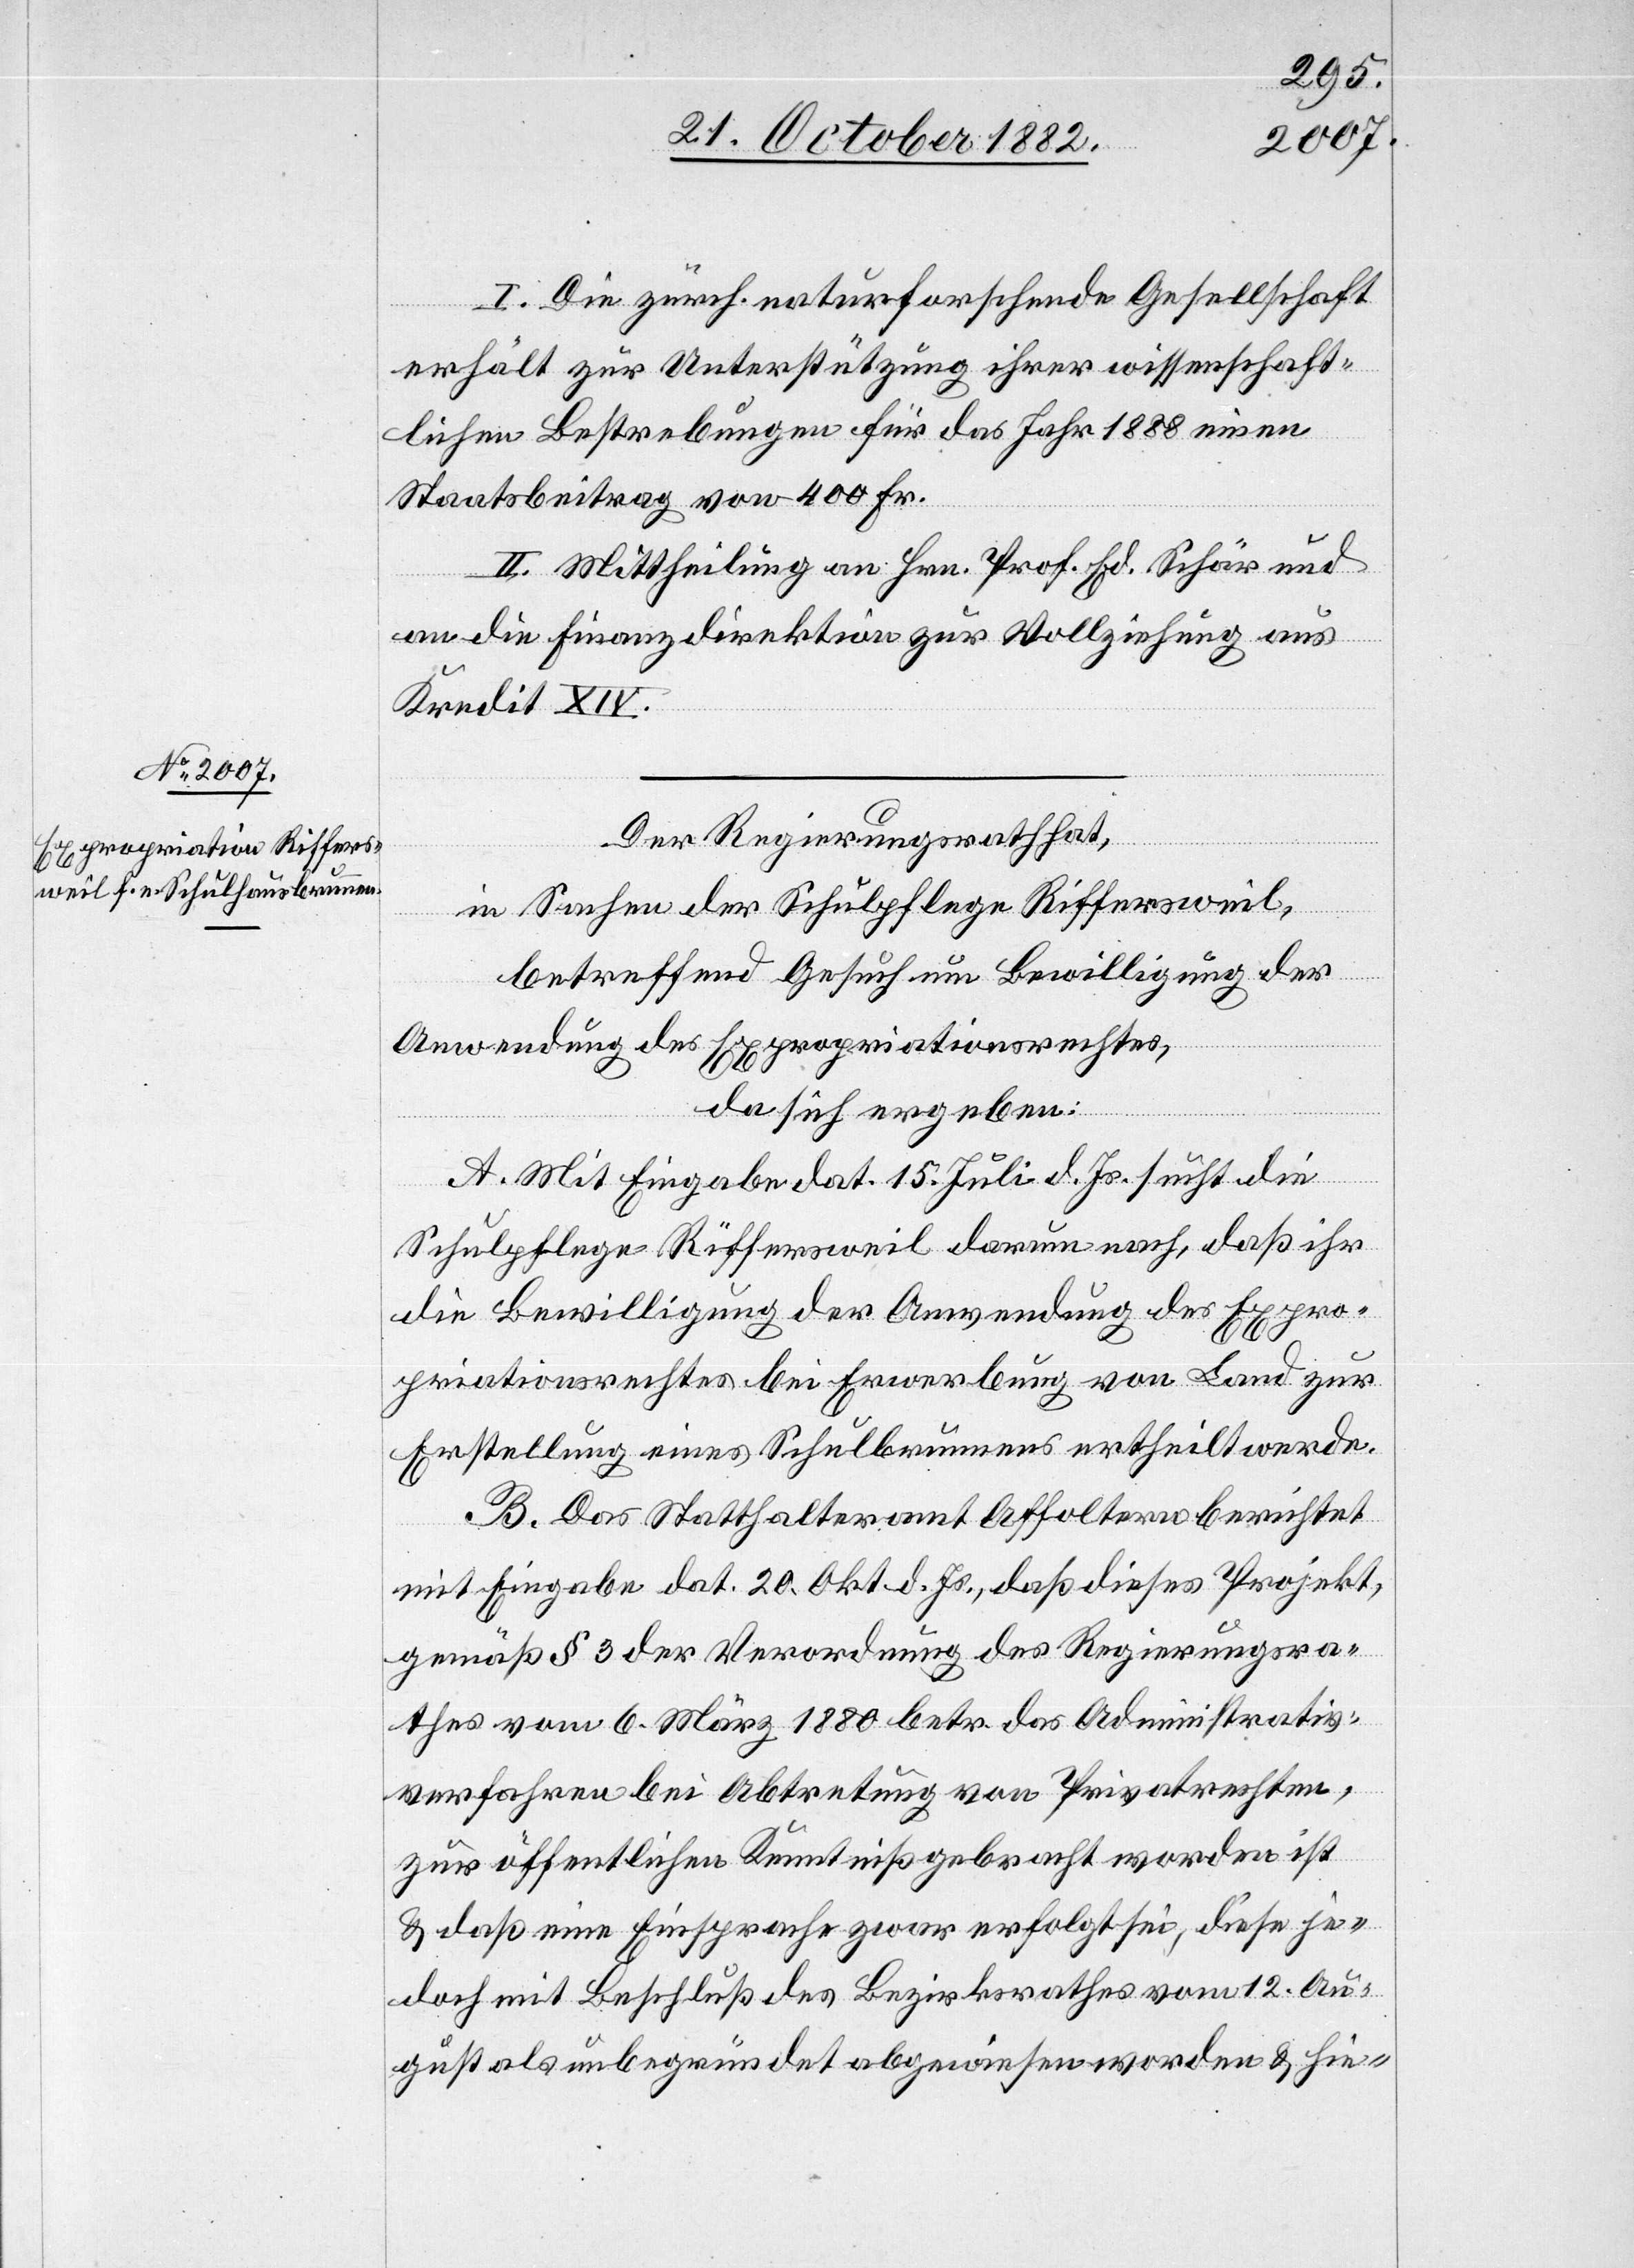
I. Die zürch. naturforschende Gesellschaft
erhält zur Unterstützung ihrer wissenschaft¬
lichen Bestrebungen für das Jahr 1888 einen
Staatsbeitrag von 400 Fr.
II. Mittheilung an Hrn. Prof. Ed. Schär und
an die Finanzdirektion zur Vollziehung aus
Kredit XIV.
Der Regierungsrath hat,
in Sachen der Schulpflege Riffersweil,
betreffend Gesuch um Bewilligung des
da sich ergeben:
A. Mit Eingabe dat. 15. Juli d. Js. sucht die
Schulpflege Riffersweil darum nach, daß ihr
die Bewilligung der Anwendung des Expro¬
priationsrechtes bei Erwerbung von Land zur
Erstellung eines Schulbrunnens ertheilt werde.
B. Das Statthalteramt Affoltern berichtet
mit Eingabe dat. 20. Okt. d. Js., daß dieses Projekt,
gemäß § 3 der Verordnung des Regierungsra¬
thes vom 6. März 1880 betr. das Administrativ¬
verfahren bei Abtretung von Privatrechten,
zur öffentlichen Kenntniß gebracht worden ist
& daß eine Einsprache zwar erfolgt sei, diese je¬
doch mit Beschluß des Bezirksrathes vom 12. Au¬
gust als unbegründet abgewiesen worden & hie-